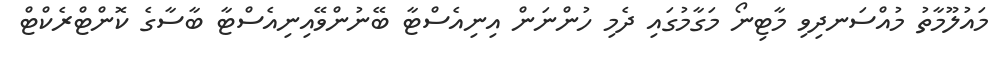
މައުލޫމާތު މުއްސަނދިވި މާޓިނޯ މަގާމުގައި ދެމި ހުންނަން އިނިއެސްޓާ ބޭނުންވޭއިނިއެސްޓާ ބާސާގެ ކޮންޓްރެކްޓް